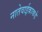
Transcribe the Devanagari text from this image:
नातेवाईकाकडे